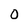
Character: 0